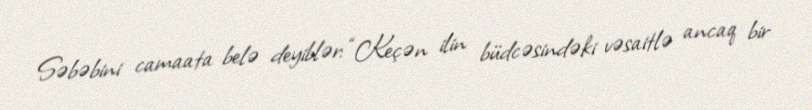
Səbəbini camaata belə deyiblər: “Keçən ilin büdcəsindəki vəsaitlə ancaq bir